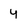
Character: y